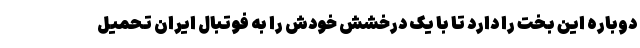
دوباره این بخت را دارد تا با یک درخشش خودش را به فوتبال ایران تحمیل